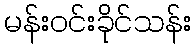
မန်းဝင်းခိုင်သန်း